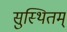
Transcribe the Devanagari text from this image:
सुस्थितम्